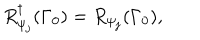
R _ { \psi _ { j } } ^ { \dagger } ( \Gamma _ { 0 } ) = R _ { \psi _ { j } } ( \Gamma _ { 0 } ) ,